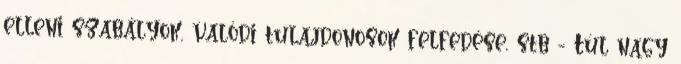
elleni szabályok, valódi tulajdonosok felfedése, stb - Túl nagy